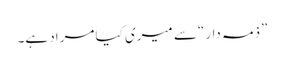
”ذمہ دار“ سے میری کیا مراد ہے۔